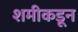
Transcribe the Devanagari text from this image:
शमीकडून